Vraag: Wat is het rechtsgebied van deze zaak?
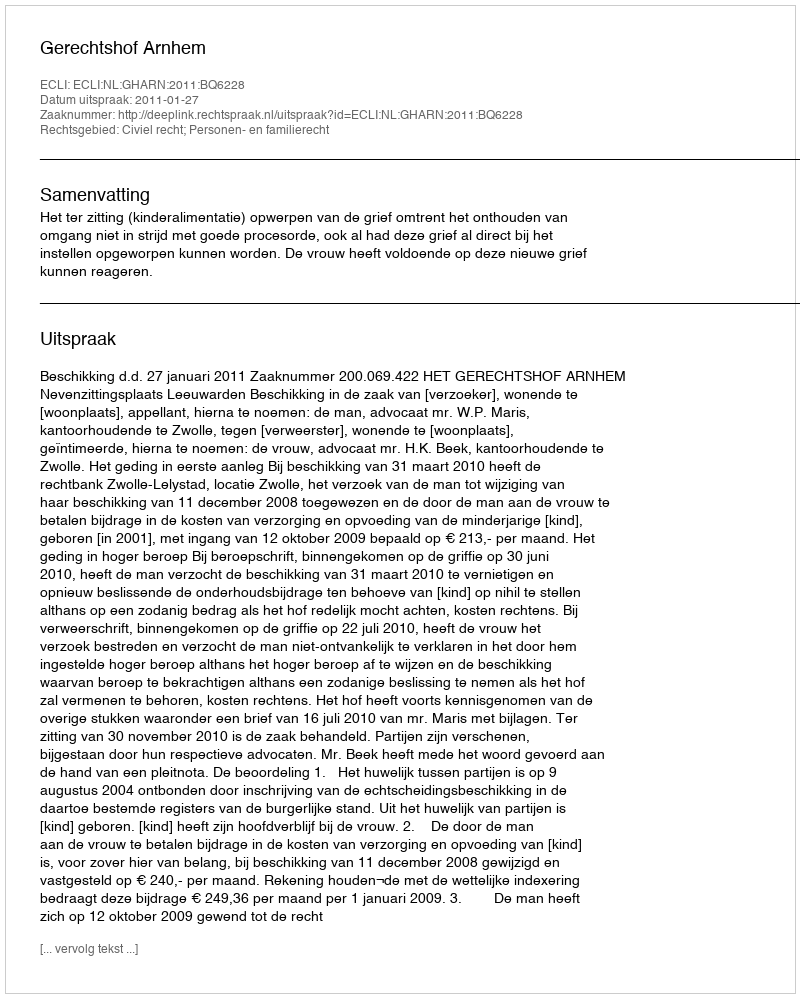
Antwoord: Civiel recht; Personen- en familierecht